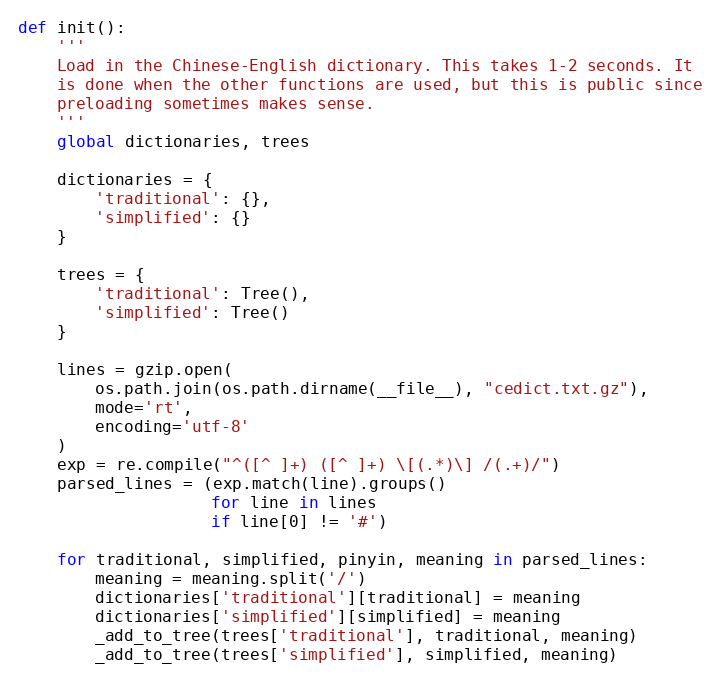
Language: Python
def init():
    '''
    Load in the Chinese-English dictionary. This takes 1-2 seconds. It
    is done when the other functions are used, but this is public since
    preloading sometimes makes sense.
    '''
    global dictionaries, trees

    dictionaries = {
        'traditional': {},
        'simplified': {}
    }

    trees = {
        'traditional': Tree(),
        'simplified': Tree()
    }

    lines = gzip.open(
        os.path.join(os.path.dirname(__file__), "cedict.txt.gz"),
        mode='rt',
        encoding='utf-8'
    )
    exp = re.compile("^([^ ]+) ([^ ]+) \[(.*)\] /(.+)/")
    parsed_lines = (exp.match(line).groups()
                    for line in lines
                    if line[0] != '#')

    for traditional, simplified, pinyin, meaning in parsed_lines:
        meaning = meaning.split('/')
        dictionaries['traditional'][traditional] = meaning
        dictionaries['simplified'][simplified] = meaning
        _add_to_tree(trees['traditional'], traditional, meaning)
        _add_to_tree(trees['simplified'], simplified, meaning)